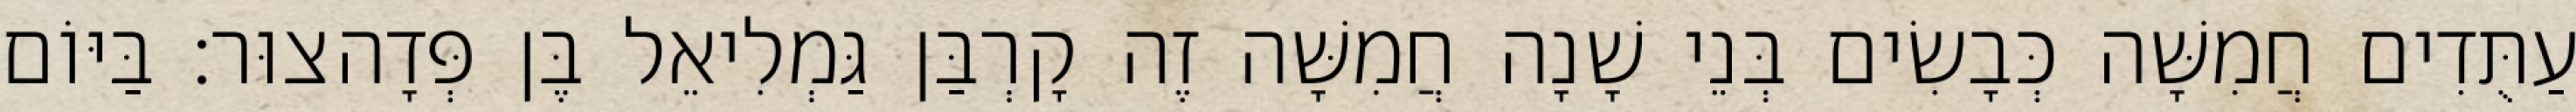
עַתֻּדִים חֲמִשָּׁה כְּבָשִׂים בְּנֵי שָׁנָה חֲמִשָּׁה זֶה קָרְבַּן גַּמְלִיאֵל בֶּן פְּדָהצוּר׃ בַּיּוֹם